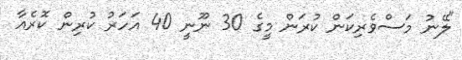
"ލޭނު މަސްވެރިކަން ކުރަން މީގެ 30 ނޫނީ 40 އަހަރު ކުރިން ކޮރެއާ